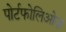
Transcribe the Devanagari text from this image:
पोर्टफोलिओज़